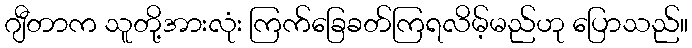
ဂျီတာက သူတို့အားလုံး ကြက်ခြေခတ်ကြရလိမ့်မည်ဟု ပြောသည်။